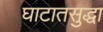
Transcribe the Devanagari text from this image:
घाटातसुद्धा